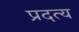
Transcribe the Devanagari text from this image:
प्रदत्य